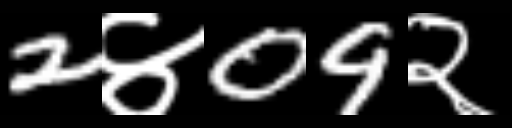
Text: 2४09२